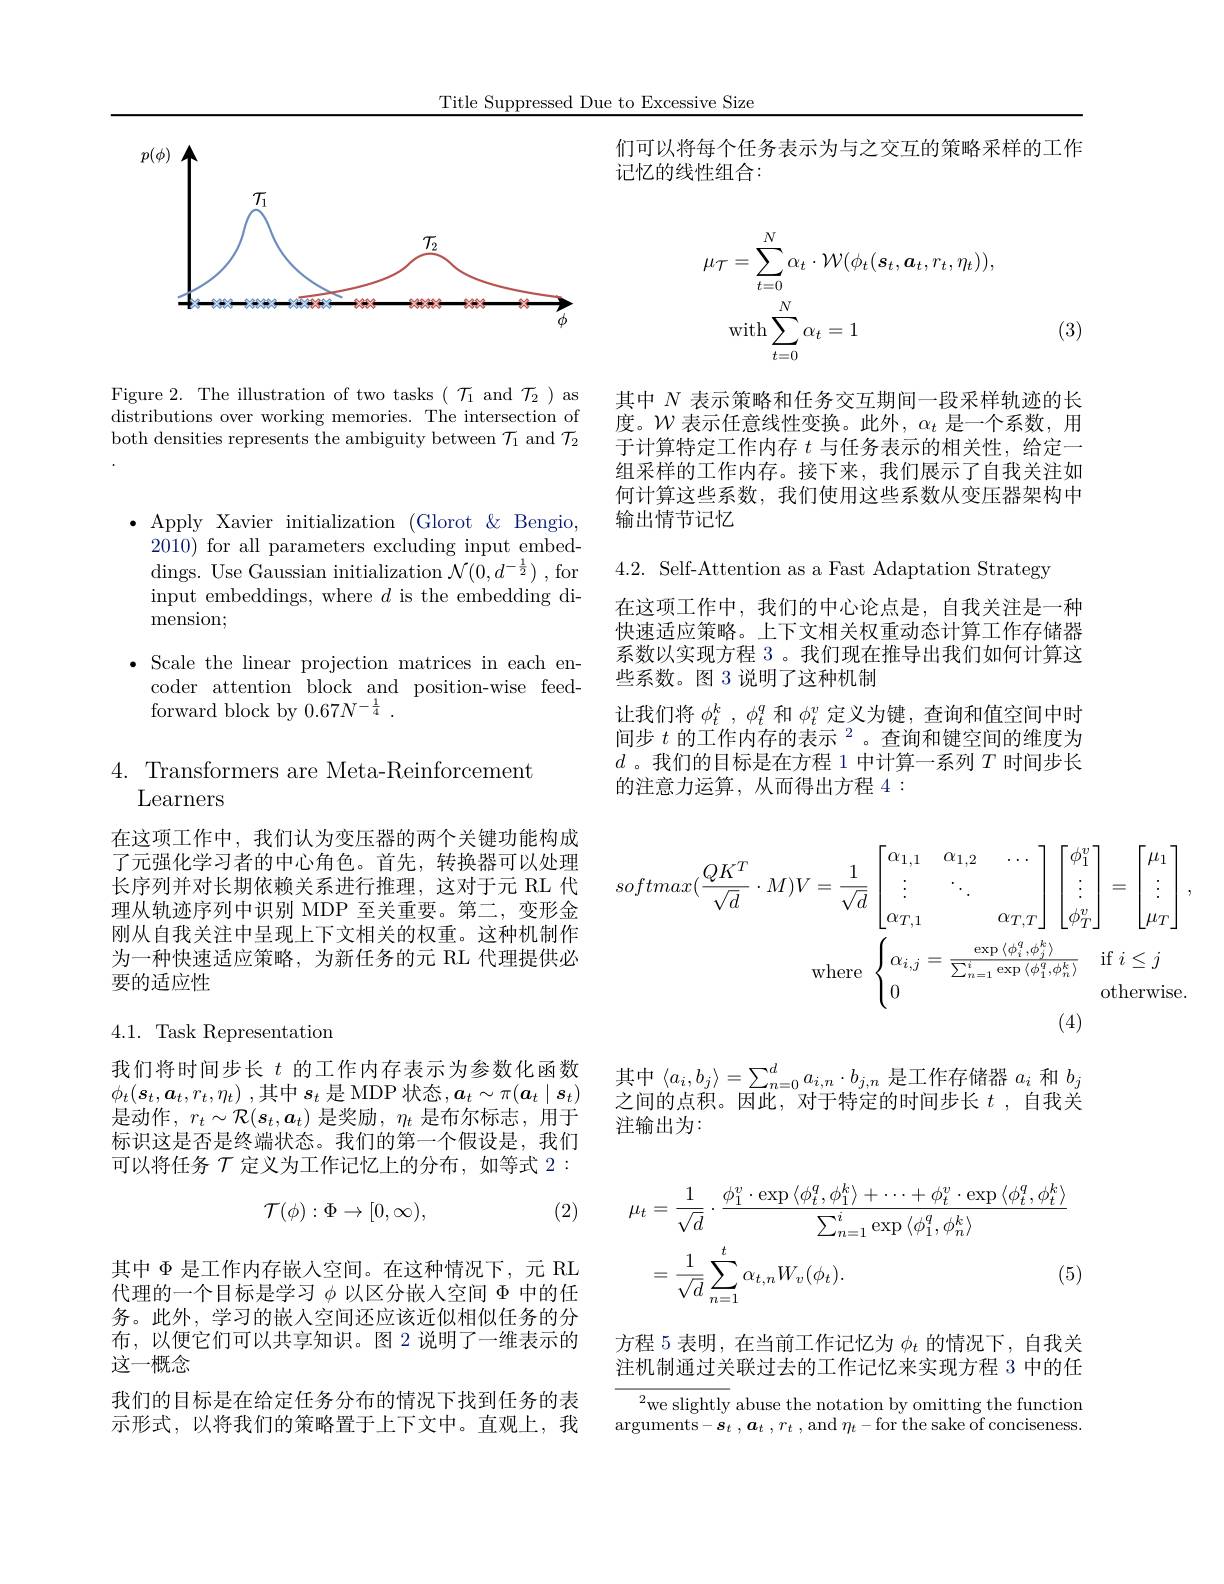
Title Suppressed Due to Excessive Size

<FigureHere>

Figure 2. The illustration of two tasks ( $\mathcal{T}_1$ and $\mathcal{T}_2)$ as $\bar{\text{distributions over working memories. The intersection of}}$ both densities represents the ambiguity between $\mathcal{T}_1$ and $\mathcal{T}_2$

$\bullet$ Apply Xavier initialization (Glorot &Bengio,
2010) for all parameters excluding input embeddings. Use Gaussian initialization $\mathcal{N}(0,d^{-\frac12})$ ,for input embeddings, where $d$ is the embedding dimension;

$\bullet$ Scale the linear projection matrices in each en-
coder attention block and position-wise feed-
forward block by 0.67$N^-\frac14.$

4. Transformers are Meta-Reinforcement
Learners

在这项工作中，我们认为变压器的两个关键功能构成了元强化学习者的中心角色。首先，转换器可以处理长序列并对长期依赖关系进行推理，这对于元 RL 代理从轨迹序列中识别 MDP 至关重要。第二，变形金刚从自我关注中呈现上下文相关的权重。这种机制作为一种快速适应策略，为新任务的元 RL 代理提供必要的适应性

## 4.1. Task Representation

我们将时间步长$t$的工作内存表示为参数化函数$\phi_t(\boldsymbol{s}_t,\boldsymbol{a}_t,r_t,\eta_t)$ ,其中$s_t$是 MDP 状态$,\boldsymbol a_t\sim\pi(\boldsymbol{a}_t\mid\boldsymbol{s}_t)$ 是动作，$r_t\sim\mathcal{R}(s_t,a_t)$是奖励，$\eta_t$是布尔标志，用于标识这是否是终端状态。我们的第一个假设是，我们可以将任务$\mathcal{T}$定义为工作记忆上的分布，如等式 2:
$$\mathcal{T}(\phi):\Phi\to[0,\infty),$$
(2)

其中$\Phi$是工作内存嵌人空间。在这种情况下，元 RL 代理的一个目标是学习$\phi$以区分嵌入空间$\Phi$中的任务。此外，学习的嵌入空间还应该近似相似任务的分布，以便它们可以共享知识。图 2 说明了一维表示的这一概念
我们的目标是在给定任务分布的情况下找到任务的表示形式，以将我们的策略置于上下文中。直观上，我

们可以将每个任务表示为与之交互的策略采样的工作
记忆的线性组合：
$$\begin{aligned}\mu_{\mathcal{T}}&=\sum_{t=0}^{N}\alpha_{t}\cdot\mathcal{W}(\phi_{t}(\boldsymbol{s}_{t},\boldsymbol{a}_{t},r_{t},\eta_{t})),\\\mathrm{with}\sum_{t=0}^{N}\alpha_{t}&=1\end{aligned}$$
(3)

其中$N$表示策略和任务交互期间一段采样轨迹的长度。$\mathcal{W}$表示任意线性变换。此外，$\alpha_t$是一个系数，用于计算特定工作内存$t$与任务表示的相关性，给定一组采样的工作内存。接下来，我们展示了自我关注如何计算这些系数，我们使用这些系数从变压器架构中输出情节记忆

4.2. Self-Attention as a Fast Adaptation Strategy

在这项工作中，我们的中心论点是，自我关注是一种快速适应策略。上下文相关权重动态计算工作存储器系数以实现方程 3 。我们现在推导出我们如何计算这些系数。图 3 说明了这种机制
让我们将$\phi_t^k$ , $\phi_t^q$和$\phi_t^v$定义为键，查询和值空间中时间步$t\text{ 的工作内存的表示 }^{2}$。查询和键空间的维度为$d$ 。我们的目标是在方程 1 中计算一系列$T$时间步长的注意力运算，从而得出方程 4:
$$softmax(\dfrac{QK^T}{\sqrt{d}}\cdot M)V=\dfrac{1}{\sqrt{d}}\begin{bmatrix}\alpha_{1,1}&\alpha_{1,2}&\dots\\\vdots&\ddots&\\\alpha_{T,1}&&\alpha_{T,T}\end{bmatrix}\begin{bmatrix}\phi_1^v\\\vdots\\\phi_T^v\end{bmatrix}=\begin{bmatrix}\mu_1\\\vdots\\\mu_T\end{bmatrix},\\\mathrm{where}\:\begin{cases}\alpha_{i,j}=\frac{\exp\langle\phi_i^q,\phi_j^k\rangle}{\sum_{n=1}^i\exp\langle\phi_1^q,\phi_n^k\rangle}&\mathrm{if}\:i\leq j\\0&\mathrm{otherwise}.\end{cases}$$
(4)

其中$\left\langle a_i,b_j\right\rangle=\sum_{n=0}^da_{i,n}\cdot b_{j,n}$是工作存储器$a_i$和$b_j$ 之间的点积。因此，对于特定的时间步长$t$ ,自我关注输出为：
$$\begin{aligned}\mu_{t}&=\frac{1}{\sqrt{d}}\cdot\frac{\phi_{1}^{v}\cdot\exp\left\langle\phi_{t}^{q},\phi_{1}^{k}\right\rangle+\cdots+\phi_{t}^{v}\cdot\exp\left\langle\phi_{t}^{q},\phi_{t}^{k}\right\rangle}{\sum_{n=1}^{i}\exp\left\langle\phi_{1}^{q},\phi_{n}^{k}\right\rangle}\\&=\frac{1}{\sqrt{d}}\sum_{n=1}^{t}\alpha_{t,n}W_{v}(\phi_{t}).&\text{(5}\end{aligned}$$
方程 5 表明，在当前工作记忆为$\phi_t$的情况下，自我关注机制通过关联过去的工作记忆来实现方程 3 中的任

${^{2}\text{we slightly}}$ abuse the notation by omitting the function $\operatorname { arguments} - \boldsymbol{s}_{t}$ $, \boldsymbol{a}_{t}$ $, r_{t}$ ,and$\eta_{t}-$for the sake of conciseness.